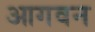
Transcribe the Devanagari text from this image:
आगवन